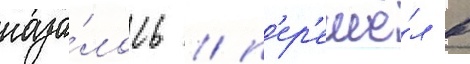
каза́лось / п'ер'ешё́л в